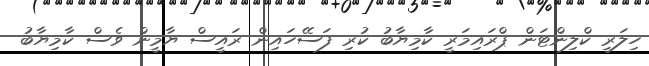
ހިލަރީ ކްލިންޓަން ޕްރައިމަރީ ކާމިޔާބު ކުރި ފަސޭހައިން ރައީސް ޔާމީން ވެސް ކާމިޔާބު